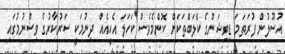
އުސޫލުން ފުރަތަމަ ޑިވިޝަންގެ ކްލަބްތަކަށް ކޮންމެވެސް ކަހަލަ އެހީއެއް ދިނުމަކީ ސަރުކާރުގެ ވިސްނުމުގައި